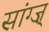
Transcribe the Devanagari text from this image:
सांग्ज़्‌